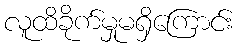
လူထိခိုက်မှုမရှိကြောင်း